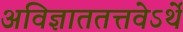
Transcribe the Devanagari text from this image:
अविज्ञाततत्तवेऽर्थे